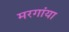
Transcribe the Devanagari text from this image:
मरगांया